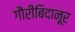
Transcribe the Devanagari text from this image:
गौरीबिदानूर